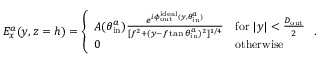
E _ { x } ^ { a } ( y , z = h ) = \left\{ \begin{array} { l l } { A ( \theta _ { \mathrm { i n } } ^ { a } ) \frac { e ^ { i \phi _ { \mathrm { o u t } } ^ { \mathrm { i d e a l } } ( y , \theta _ { \mathrm { i n } } ^ { a } ) } } { [ f ^ { 2 } + ( y - f \tan { \theta _ { \mathrm { i n } } ^ { a } } ) ^ { 2 } ] ^ { { 1 } / { 4 } } } } & { \mathrm { f o r ~ } | y | < \frac { D _ { \mathrm { o u t } } } { 2 } } \\ { 0 } & { \mathrm { o t h e r w i s e } } \end{array} \right. .